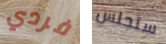
فردي ستجلس